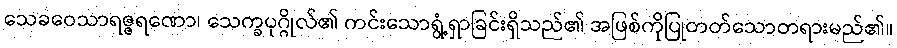
သေခဝေသာရဇ္ဇရဏော၊ သေက္ခပုဂ္ဂိုလ်၏ ကင်းသောရွံ့ရှာခြင်းရှိသည်၏ အဖြစ်ကိုပြုတတ်သောတရားမည်၏။